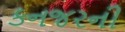
કનજરની